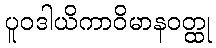
ပူဝဒါယိကာဝိမာနဝတ္ထု